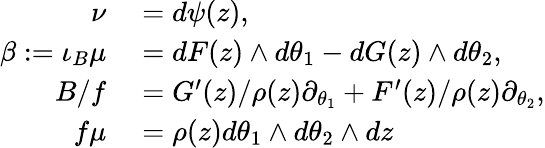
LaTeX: \begin{array}{rl}{\nu}&{{}=d\psi(z),}\\ {\beta:=\iota_{B}\mu}&{{}=dF(z)\wedge d\theta_{1}-dG(z)\wedge d\theta_{2},}\\ {B/f}&{{}=G^{\prime}(z)/\rho(z)\partial_{\theta_{1}}+F^{\prime}(z)/\rho(z)\partial_{\theta_{2}},}\\ {f\mu}&{{}=\rho(z)d\theta_{1}\wedge d\theta_{2}\wedge dz}\end{array}